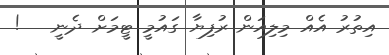
އިތުރު އެއް މިލިއަން ރުފިޔާ ގައުމީ ޓީމަށް ދެނީ   !